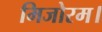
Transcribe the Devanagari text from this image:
मिजोरम।